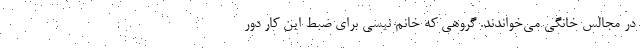
در مجالس خانگی می‌خواندند. گروهی که خانم نیسی برای ضبط این کار دور